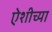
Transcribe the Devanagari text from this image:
ऐशीच्या